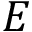
E